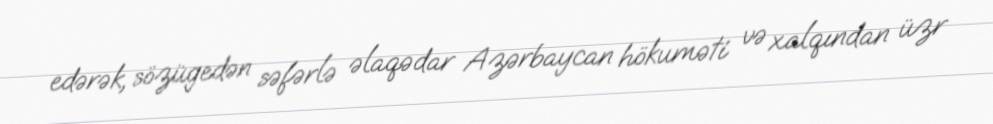
edərək, sözügedən səfərlə əlaqədar Azərbaycan hökuməti və xalqından üzr